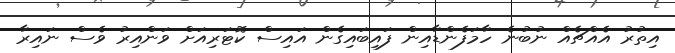
އިތުރު އެއްޗެއް ނުބުނެ ހާމަފެންޑާއިން ފައިބައިގެން އައިސް ކޮޓަރިއަށް ވަންއިރު ވެސް ނައިރާ